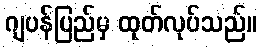
ဂျပန်ပြည်မှ ထုတ်လုပ်သည်။